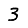
Digit: 3